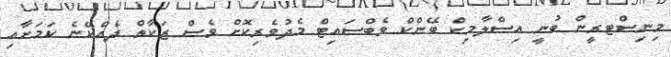
މިނިސްޓރީން ބުނީ އިސްލާމިކް ބޭންކް ވެބްސައިޓް މެދުވެރިކޮށް ވެސް ޒަކާތް ދެއްކޭނެ ކަމަށާއި